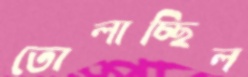
তোলাচ্ছিল